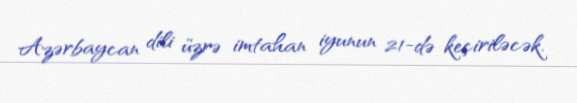
Azərbaycan dili üzrə imtahan iyunun 21-də keçiriləcək.